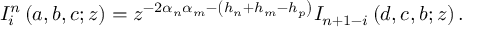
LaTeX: I _ { i } ^ { n } \left( a , b , c ; z \right) = z ^ { - 2 \alpha _ { n } \alpha _ { m } - \left( h _ { n } + h _ { m } - h _ { p } \right) } I _ { n + 1 - i } \left( d , c , b ; z \right) .